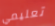
تعليمي